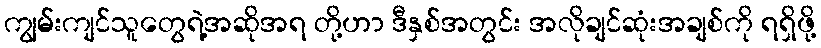
ကျွမ်းကျင်သူတွေရဲ့အဆိုအရ တို့ဟာ ဒီနှစ်အတွင်း အလိုချင်ဆုံးအချစ်ကို ရရှိဖို့